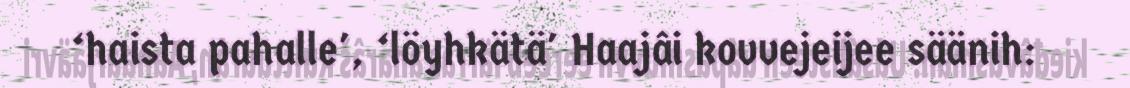
‘haista pahalle', ‘löyhkätä' Haajâi kovvejeijee säänih: